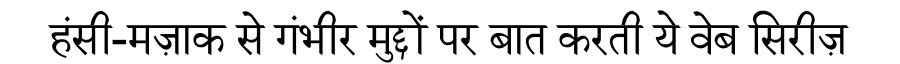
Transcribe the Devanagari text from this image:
हंसी-मज़ाक से गंभीर मुद्दों पर बात करती ये वेब सिरीज़